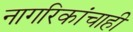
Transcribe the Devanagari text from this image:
नागरिकांचाही